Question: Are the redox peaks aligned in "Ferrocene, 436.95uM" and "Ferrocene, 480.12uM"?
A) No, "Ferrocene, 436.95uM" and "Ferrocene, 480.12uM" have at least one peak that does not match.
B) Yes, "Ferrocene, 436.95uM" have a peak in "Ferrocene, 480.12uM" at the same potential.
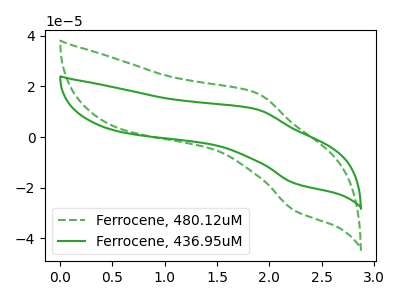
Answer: <think>The green dashed curve "Ferrocene, 480.12uM" has an anodic peak at (1.85V, 17.40uA) and a cathodic peak at (2.25V, -29.00uA). The green curve "Ferrocene, 436.95uM" has an anodic peak at (1.85V, 10.95uA) and a cathodic peak at (2.25V, -18.30uA).</think>
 <answer>B) Yes, "Ferrocene, 436.95uM" have a peak in "Ferrocene, 480.12uM" at the same potential.</answer>
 <eval>B</eval>